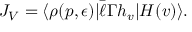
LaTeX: J _ { V } = \langle \rho ( p , \epsilon ) | \bar { \ell } \Gamma h _ { v } | H ( v ) \rangle .